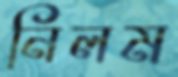
নিলম